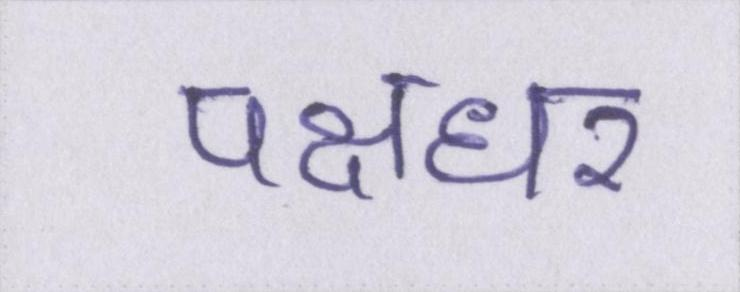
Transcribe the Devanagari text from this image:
पक्षधर